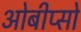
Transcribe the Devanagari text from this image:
ओबीप्‍सो